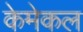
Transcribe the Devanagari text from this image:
केमेकल